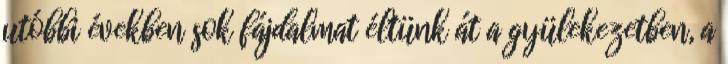
utóbbi években sok fájdalmat éltünk át a gyülekezetben, a